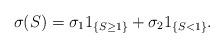
LaTeX: \begin{align*}\sigma(S)=\sigma_11_{\{S\geq 1\}}+\sigma_21_{\{S<1\}}.\end{align*}